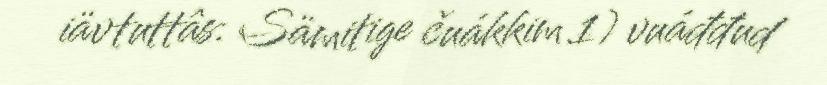
iävtuttâs: Sämitige čuákkim 1) vuáđđud